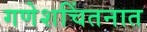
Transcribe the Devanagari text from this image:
गणेशचिंतनात